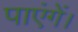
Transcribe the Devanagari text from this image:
पाएंगें।